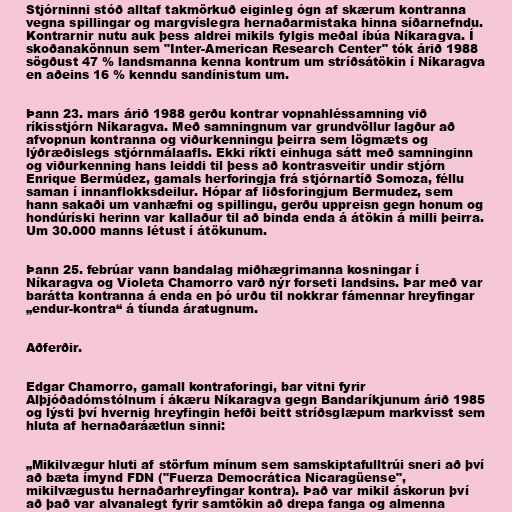
Stjórninni stóð alltaf takmörkuð eiginleg ógn af skærum kontranna
vegna spillingar og margvíslegra hernaðarmistaka hinna síðarnefndu.
Kontrarnir nutu auk þess aldrei mikils fylgis meðal íbúa Níkaragva. Í
skoðanakönnun sem "Inter-American Research Center" tók árið 1988
sögðust 47 % landsmanna kenna kontrum um stríðsátökin í Níkaragva
en aðeins 16 % kenndu sandínistum um.

Þann 23. mars árið 1988 gerðu kontrar vopnahléssamning við
ríkisstjórn Níkaragva. Með samningnum var grundvöllur lagður að
afvopnun kontranna og viðurkenningu þeirra sem lögmæts og
lýðræðislegs stjórnmálaafls. Ekki ríkti einhuga sátt með samninginn
og viðurkenning hans leiddi til þess að kontrasveitir undir stjórn
Enrique Bermúdez, gamals herforingja frá stjórnartíð Somoza, féllu
saman í innanflokksdeilur. Hópar af liðsforingjum Bermudez, sem
hann sakaði um vanhæfni og spillingu, gerðu uppreisn gegn honum og
hondúríski herinn var kallaður til að binda enda á átökin á milli þeirra.
Um 30.000 manns létust í átökunum.

Þann 25. febrúar vann bandalag miðhægrimanna kosningar í
Níkaragva og Violeta Chamorro varð nýr forseti landsins. Þar með var
barátta kontranna á enda en þó urðu til nokkrar fámennar hreyfingar
„endur-kontra“ á tíunda áratugnum.

Aðferðir.

Edgar Chamorro, gamall kontraforingi, bar vitni fyrir
Alþjóðadómstólnum í ákæru Níkaragva gegn Bandaríkjunum árið 1985
og lýsti því hvernig hreyfingin hefði beitt stríðsglæpum markvisst sem
hluta af hernaðaráætlun sinni:

„Mikilvægur hluti af störfum mínum sem samskiptafulltrúi sneri að því
að bæta ímynd FDN ("Fuerza Democrática Nicaragüense",
mikilvægustu hernaðarhreyfingar kontra). Það var mikil áskorun því
að það var alvanalegt fyrir samtökin að drepa fanga og almenna